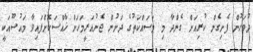
ދުވަހުން ފެށިގެން ކުރިއަށް ގެންދާ މި މަސައްކަތުގެ ދަށުން ޖެނުއަރީމަހަށް ޚާއްސަކޮށްފައިވާ މައުޟޫއަކީ